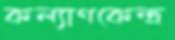
কল্যাণকেন্দ্র